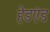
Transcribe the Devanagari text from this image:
हेडएंड